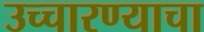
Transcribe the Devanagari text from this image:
उच्चारण्याचा